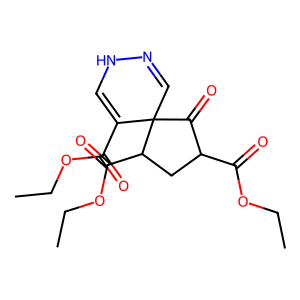
SMILES: CCOC(=O)C1=CNN=CC12C(=O)C(C(=O)OCC)CC2C(=O)OCC
Inhibits HIV replication: No